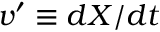
v ^ { \prime } \equiv d X / d t